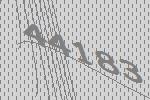
44183